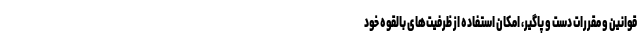
قوانین و مقررات دست و پاگیر، امکان استفاده از ظرفیت‌های بالقوه خود